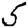
Digit: 5